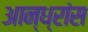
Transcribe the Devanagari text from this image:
आन्ध्रांस